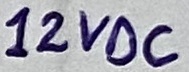
Text: 12VDC